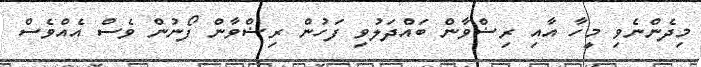
މިދެންނެވި މީހާ އާއި ރިޟްވާން ބައްދަލުވި ފަހުން ރިޟްވާން ފޯނުން ވެސް އެއްވެސް